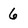
Character: 6